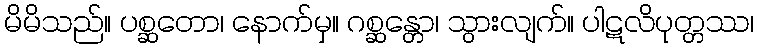
မိမိသည်။ ပစ္ဆတော၊ နောက်မှ။ ဂစ္ဆန္တော၊ သွားလျက်။ ပါဋလိပုတ္တဿ၊